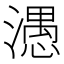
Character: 𰝖